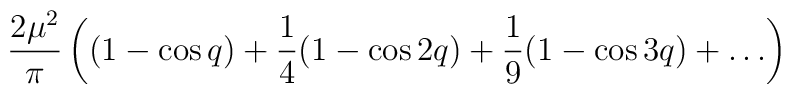
\frac{2\mu^2}{\pi}\left((1-\cos q)+\frac{1}{4}(1-\cos 2q)+\frac{1}{9}	(1-\cos 3q)+\ldots\right)